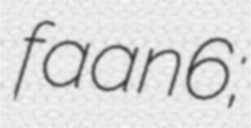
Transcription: faan6;